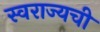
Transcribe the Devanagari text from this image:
स्वराज्यची